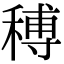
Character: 𥠵